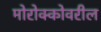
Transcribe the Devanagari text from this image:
मोरोक्कोवरील